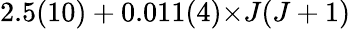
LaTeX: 2.5(10)+0.011(4)×J(J+1)